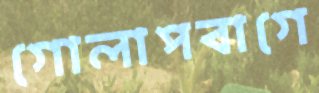
গোলাপবাগে